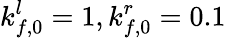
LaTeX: k_{f,0}^{l}=1,k_{f,0}^{r}=0.1